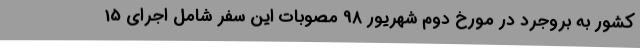
کشور به بروجرد در مورخ دوم شهریور 98 مصوبات این سفر شامل اجرای 15